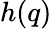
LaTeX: h(q)